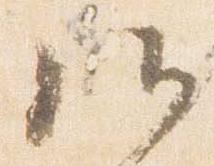
候